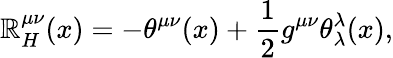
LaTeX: \mathbb{R}_{H}^{\mu\nu}(x)=-\theta^{\mu\nu}(x)+\frac{{1}}{{2}}g^{\mu\nu}\theta_{\lambda}^{\lambda}(x),